Report of the Municipal Commissioner on the plague in Bombay for the year ending 31st May... - Volume 2
Disease focus: Plague
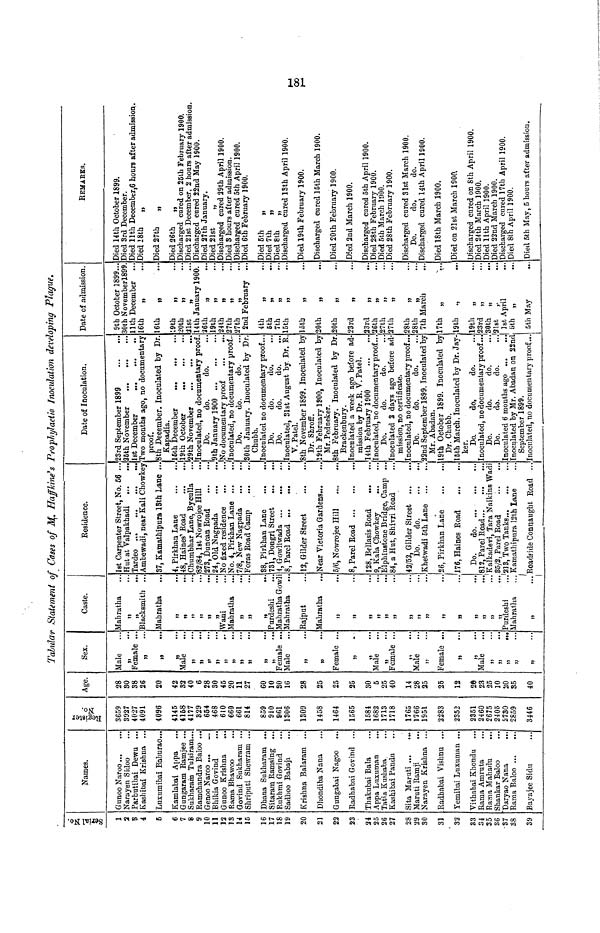
»-*
oo
h-
Tabular Statement of Cases of ]\%. Ha/Mne's Propliyladh Inoculation developing Plague.
d
53
-3
' S
60
1
a
9
4
5
6
7
8
9
10
11
12
JS
14
15
16
17
18
19
20
21
22
23
24
25
26
27
28
29
30
31
i
32
S3
84
35
86
-37
38
39
Names.
Gimoo Naroo ...
...
Narayen Sicloo
Parbutibai Dewu ...
Kashibai Krishna ...
Luxumibai Baburao...
Kamlabai Appa
...
Gungaram Eamjee ...
Sukharain Tulsiram...
Ramchandra Baloo ..
Genoo Naroo ...
_
Bhikia Govind
Gnnoo Krishna
..
Rama Bhawoo
Govind Sukhararn ..
Shriputi Shewram ..
Dhana Sukharain ...
Sitaram Ramsing ...
Rukhmi Govind
Satlhoo Babaji
...
Krishna Balaram ...
Dhondiba Nana
Gungabai Nagoo
Radhabiu Govind ...
Thakubai Bala
Appa Luxuman
Tatia Kushaba
Kashibai Panda
Sita Maruti
Maruti Ramji
...
Narayen Krishna ...
Radhabai Vishnu ...
Femibai Luxuman ...
Vithabai Khondu
Rama Amruta
Rama Mahadu
...
Shankar Baloo
Daryao Nana
Rama Baloo
3ayajee Sidii
w
3
.£ o
g>fc
P5
3659
3927
4027
4091
4096
4145
4168
4177
329
654
468
610
660
661
814
859
910
9f»l
1306
1309
1458
1464
1565
1584
1682
1713
1718
1765
1766
1951
2283
2352
2351
2460
2675
2405
S730
2859
3446
Age.
28
80
38
26
20
42
82
40
6
28
30
45
20
11
27
60
10
30
16
28
25
25
25
30
5
25
40
14
28
25
25
12
26
23
25
10
20
85
40
Sex.
Male
»
••
Female ..
»
» ••
>j
••
Male
M
*"
»
l>
»
»
•'
»
"
)>
••
»
11
•••
»
••
Female ..
Male
ji
»
•••
Female ...
5>
• '
J)
•••
Male
»
•••
Female ...
»»
•••
Male
i]
...
Female ...
»
)5
•••
Male
,,
...
ji
***
„
ii.
»;
n
Caste.
Mahratha
i>
••
Blacksmith ..
Mahratha
»
••
»
•••
D
...
i>
•••
M
•••
Wani
Mahratha
...
»
...
j>
»i
•••
Purdeshi
Mahratha Gowl
Mahratha
...
Rajput
Mahratha
»
...
»
•••
»
»
•••
M
...
»
•••
»
JJ
...
»
„
I
»
99
***
93
•••
"
1
J5
•*•
Residence.
1st Carpenter Street, No. 66 ..
Hut at Valpakhadi
Ambewadi, near Kali Chowkey
37, Kamathipura 18th Lane ••
Date of Inoculation.
23rd September 1899
25th November
1st December
...
•••
Two months ago, no documentary
proof.
8th December. Inoculated by Dr.
I Kapadia.
4, Pirkhan Lane
"16th December
48, Haines 1 Road
Chumbhar Lane, Byculla
19th October
'29th November
82/84, 1st Nowrojee Hill
...'inoculated, no documentary proof
273, Duncan Road
1 Do.
do.
do.
24, Old Nagpada
No fixed residence
No. 4, Pirkhan Lane
7/8, New Nagpada
Foras Road Camp
...
...
38, Pirkhan Lane
731, Dongri Street
4, Gowliwada
8, Parel Road
12, Gilder Street
Near Victoria Gardens
5/6, Nowrojee Hill
,
8, Parel Road
128, Bellasis Road
), Kala Chowkey
KlphinBtone Bridge, Camp ...
84, a Hut, Shivri Road
42/52, Gilder Street
Do.
do.
Khetwadi 5th Lane ...
...
26, Pirkhan Lane
176, Haines Road
Do.
do
812, Parel Road
Kalkadevi. Tara Naikins Wadi
„
... 85/2, Parel Road
'urdeshi
...'21 3, Two Tanks
Mahratha
... Kamathipura 12th Lane
|
„
... Roadride Connaught Road ...
1
1
'9th January 1900
JNo documentary proof
...
...
Inoculated, no documentary proof..
Do.
do.
do.
30th January. Inoculated by Dr.
Chubb.
Inoculated no documentary proof...
Do.
do.
do.
Do.
do.
do.
Inoculated, 81st August by, Dr. R.
V. Patel.
8th November 1899. Inoculated by
Dr. Shroff.
19th February 1900, Inoculated by
Mr. Pedneker.
8th February. Inoculated by Dr.
Brackenbnry.
Inoculated a week ago before ad-
mission by Dr. R. V. Patel.
14th February 1900
Inoculated, no documentary proof...
Do.
do.
do.
Inoculated 2 days ago before ad-
mission, no certificate.
Inoculated, no documentary proof...
Do.
do.
do.
22nd September 1899. Inoculated by
Mr. Abadan.
19th October 1899. Inoculated by
Dr. Chubb.
15th March. Inoculated by Dr. Jay-
ker.
Do.
do.
do.
Inoculated, no documentary proof...
Date of admission.
9th October 1899...
30th Novemberl899
llth December ...
16th
„
16th
„
i9tb „
•20th
„
21st
„
14th January 1900
26th
„
19th
„
24th
,,
27th
„
27th
„
2nd February . .
4th
„
5th
„
7th
„
15th
„
loth
„
20th
„
20th
„
23rd
„
23rd
„
26th
„
27lh
„
27th
„
28th
„
28th
„
7th March
...
17th
„
19th
.,
19th
„
23rd „
Do.
do.
do.
...30th „
Do.
do.
do.
...'21st
Inocxilated 6 months ago
'
Inoculated by Mr. Abadan on 22nd
September 1899.
Inoculated, no documentary proof...
1st April
5th „
5th May
REMARKS.
Died 14th October 1899.
Died 3rd December.
Died llth December,6 hours after admission
Died 28tb
„
Died 27th
„
Died 26th
„
Discharged cured on 25th February 1900.
Died 21st December, 2 hours after admission
Discharged cured 22nd May 1900.
Died 27th January.
Died 21st
„
Discharged cured 29th April 1900.
Died 8 hours after admission.
Discharged cured 5th April 1900.
Died 6th February 1900.
Died 6th
„
Died 7th
„
Died 8th
„
Discharged cured 18th April 1900.
Died 19th February 1900.
Discharged cured 15th March 1900.
Died 20th February 1900.
Died 2nd March 1900.
Discharged cured 5th April 1900.
Died 28th February 1900.
Died 5th March l!)00.
Died 28th February 1900.
Discharged cured 31st March 1900.
Do.
do.
do.
Discharged cured 14th April 1SOO.
Died 18th March 1900.
Died on 21st March 1900,
Discharged cured on 8th April 1900.
Died 24th March 1900.
Died llth April 1900.
Died 22nd March 1900.
Discharged cured 17th April 1900.
Died 8th April 1900.
Died 5th May, 5 hours after admission.